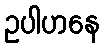
ဥပါဟနေ